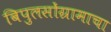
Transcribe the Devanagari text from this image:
बिपुलसोंग्रामाचा